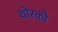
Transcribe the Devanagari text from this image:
थोरको